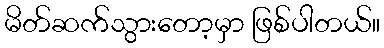
မိတ်ဆက်သွားတော့မှာ ဖြစ်ပါတယ်။